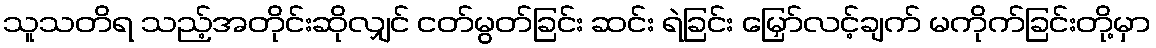
သူသတိရ သည့်အတိုင်းဆိုလျှင် ငတ်မွတ်ခြင်း ဆင်း ရဲခြင်း မြှော်လင့်ချက် မကိုက်ခြင်းတို့မှာ